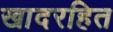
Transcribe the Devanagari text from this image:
खादरहित